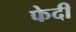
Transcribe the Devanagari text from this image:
फेदी